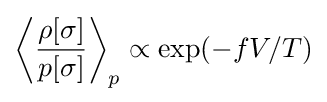
\left\langle {\frac {\rho [\sigma ]}{p[\sigma ]}}\right\rangle _{p}\propto \exp(-fV/T)